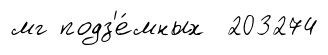
мг подз'е́мных 203274